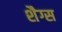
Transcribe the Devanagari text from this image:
शैग्स